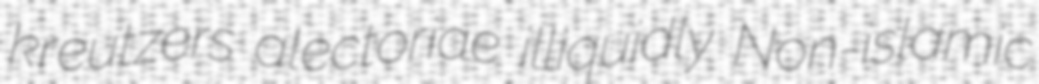
kreutzers alectoriae illiquidly Non-islamic